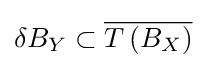
\delta B_{Y}\subset {\overline {T\left(B_{X}\right)}}